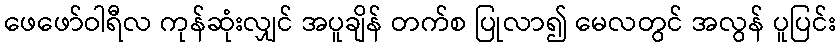
ဖေဖော်ဝါရီလ ကုန်ဆုံးလျှင် အပူချိန် တက်စ ပြုလာ၍ မေလတွင် အလွန် ပူပြင်း